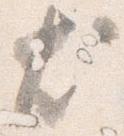
尤